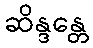
ဆိန္ဒန္တေ